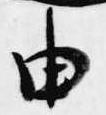
由